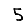
Digit: 5